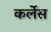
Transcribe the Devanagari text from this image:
कर्लेस